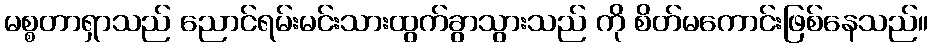
မစ္စတာရှာသည် ညောင်ရမ်းမင်းသားထွက်ခွာသွားသည် ကို စိတ်မကောင်းဖြစ်နေသည်။